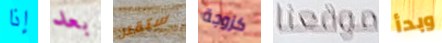
إذا بعد ستقتل كزوجة موقعنا وبدأ